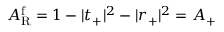
A _ { \mathrm { R } } ^ { \mathrm { f } } = 1 - | t _ { + } | ^ { 2 } - | r _ { + } | ^ { 2 } = A _ { + }